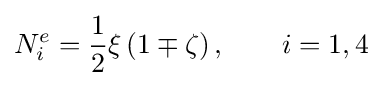
N_{i}^{e}={\frac {1}{2}}\xi \left(1\mp \zeta \right),\qquad i=1,4